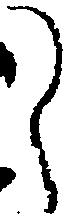
々